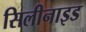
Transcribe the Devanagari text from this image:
सिलीनाइड